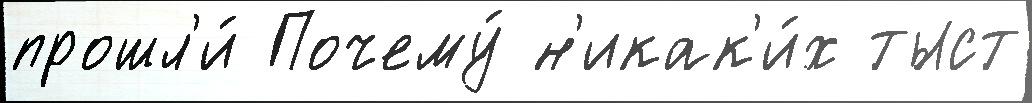
прошл'и́ Почему́ н'икак'и́х тыст